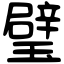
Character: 璧